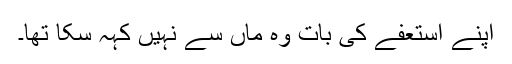
اپنے استعفے کی بات وہ ماں سے نہیں کہہ سکا تھا۔